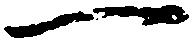
一